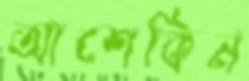
আশেকিন